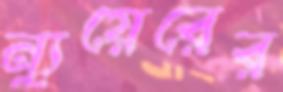
ন্যুয়েরের